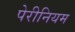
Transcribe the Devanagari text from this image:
पेरीनियम